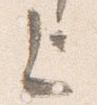
上